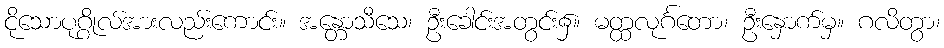
ငိုသောပုဂ္ဂိုလ်အားလည်းကောင်း။ အန္တောသီသေ၊ ဦးခေါင်းအတွင်း၌။ မတ္ထလုင်္ဂတော၊ ဦးနှောက်မှ။ ဂလိတွာ၊